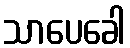
သာပေခေါ